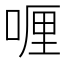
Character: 喱